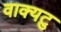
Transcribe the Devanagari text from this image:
वाक्यटु